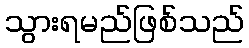
သွားရမည်ဖြစ်သည်